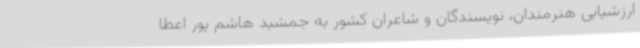
ارزشیابی هنرمندان، نویسندگان و شاعران کشور به جمشید هاشم پور اعطا